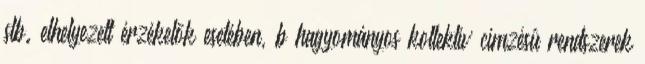
stb. elhelyezett érzékelõk esetében, b hagyományos kollektív címzésû rendszerek